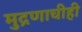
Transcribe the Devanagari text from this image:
मुद्रणाचीही